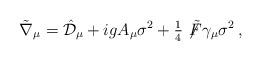
LaTeX: \begin{align*}\tilde{\nabla}_{\mu}= \hat{\mathcal{D}}_{\mu} +ig A_{\mu}\sigma^{2}+{\textstyle\frac{1}{4}}\not\!\tilde{F}\gamma_{\mu}\sigma^{2}\, ,\end{align*}